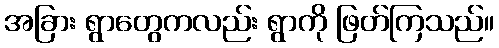
အခြား ရွာတွေကလည်း ရွာကို ဖြတ်ကြသည်။